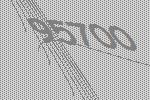
95700